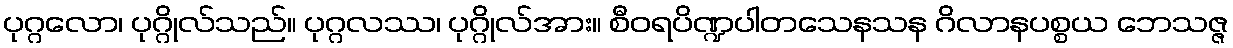
ပုဂ္ဂလော၊ ပုဂ္ဂိုလ်သည်။ ပုဂ္ဂလဿ၊ ပုဂ္ဂိုလ်အား။ စီဝရပိဏ္ဍပါတသေနသန ဂိလာနပစ္စယ ဘေသဇ္ဇ